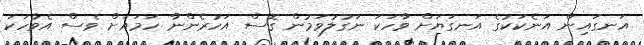
އަނގައިން އަނެކަކުގެ އަނގަޔަށް ވާހަކަ ނަގުލުވަމުން ގޮސް އަހުރެންނާ ހަމައަށް ވެސް އެވާހަކަ